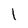
Character: l